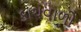
કાચવાળો